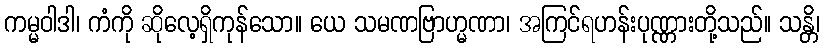
ကမ္မဝါဒါ၊ ကံကို ဆိုလေ့ရှိကုန်သော။ ယေ သမဏဗြာဟ္မဏာ၊ အကြင်ရဟန်းပုဏ္ဏားတို့သည်။ သန္တိ၊